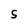
Character: S